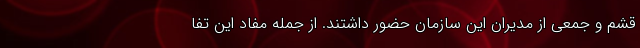
قشم و جمعی از مدیران این سازمان حضور داشتند. از جمله مفاد این تفا